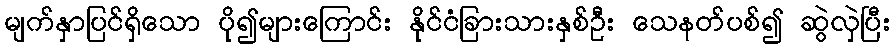
မျက်နှာပြင်ရှိသော ပို၍များကြောင်း နိုင်ငံခြားသားနှစ်ဦး သေနတ်ပစ်၍ ဆွဲလှဲပြီး